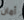
أمان